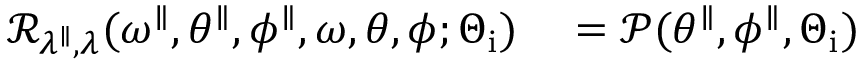
\begin{array} { r l } { \mathcal { R } _ { \lambda ^ { \parallel } , \lambda } ( \omega ^ { \parallel } , \theta ^ { \parallel } , \phi ^ { \parallel } , \omega , \theta , \phi ; \Theta _ { \mathrm { i } } ) } & { { } = \mathcal { P } ( \theta ^ { \parallel } , \phi ^ { \parallel } , \Theta _ { \mathrm { i } } ) } \end{array}